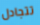
تتجادل